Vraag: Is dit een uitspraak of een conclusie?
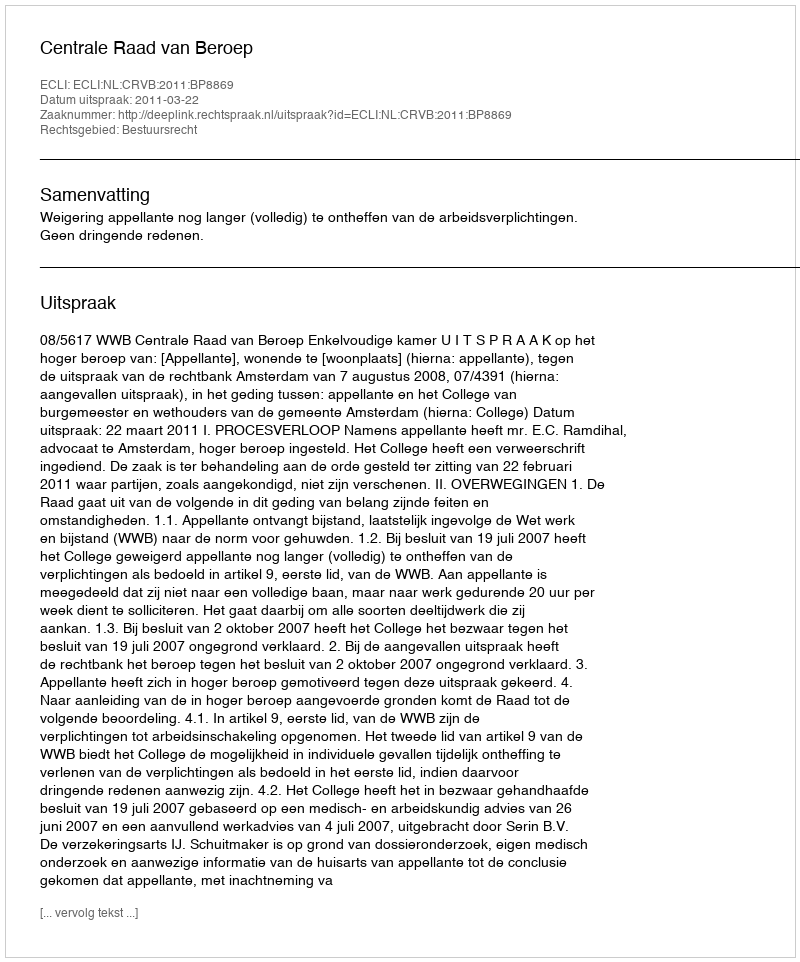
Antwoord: Uitspraak